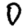
Digit: 0